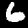
Digit: 6